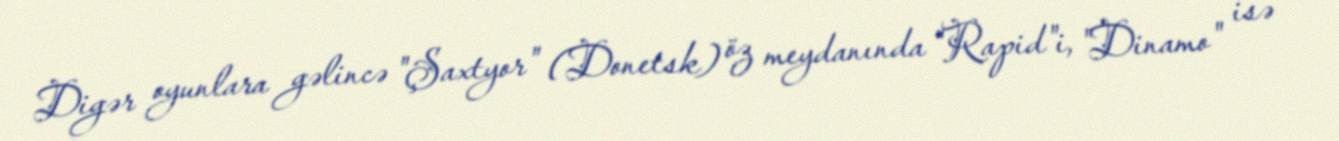
Digər oyunlara gəlincə "Şaxtyor" (Donetsk) öz meydanında "Rapid"i, "Dinamo" isə